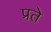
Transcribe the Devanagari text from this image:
प्रते